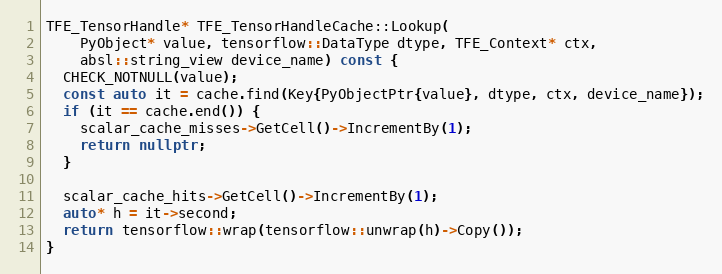
Language: C++
TFE_TensorHandle* TFE_TensorHandleCache::Lookup(
    PyObject* value, tensorflow::DataType dtype, TFE_Context* ctx,
    absl::string_view device_name) const {
  CHECK_NOTNULL(value);
  const auto it = cache.find(Key{PyObjectPtr{value}, dtype, ctx, device_name});
  if (it == cache.end()) {
    scalar_cache_misses->GetCell()->IncrementBy(1);
    return nullptr;
  }

  scalar_cache_hits->GetCell()->IncrementBy(1);
  auto* h = it->second;
  return tensorflow::wrap(tensorflow::unwrap(h)->Copy());
}